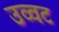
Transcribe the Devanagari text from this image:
उव्‍वट